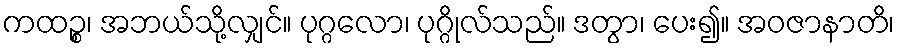
ကထဉ္စ၊ အဘယ်သို့လျှင်။ ပုဂ္ဂလော၊ ပုဂ္ဂိုလ်သည်။ ဒတွာ၊ ပေး၍။ အဝဇာနာတိ၊